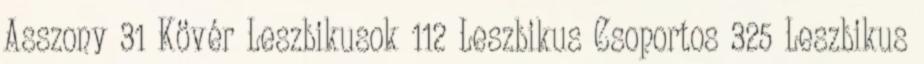
Asszony 31 Kövér Leszbikusok 112 Leszbikus Csoportos 325 Leszbikus